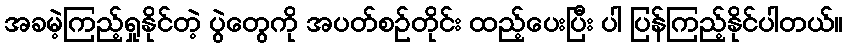
အခမဲ့ကြည့်ရှုနိုင်တဲ့ ပွဲတွေကို အပတ်စဉ်တိုင်း ထည့်ပေးပြီး ပါ ပြန်ကြည့်နိုင်ပါတယ်။